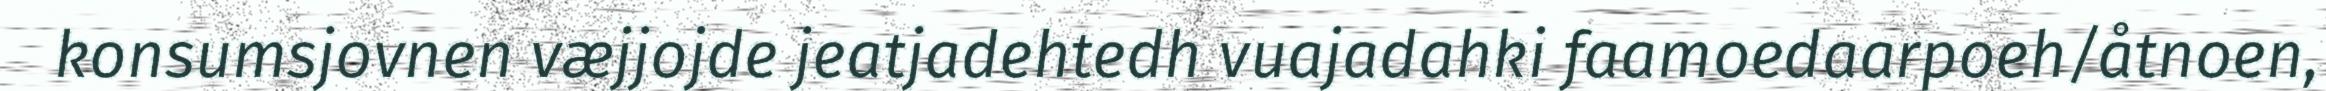
konsumsjovnen væjjojde jeatjadehtedh vuajadahki faamoedaarpoeh/åtnoen,